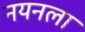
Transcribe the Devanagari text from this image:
नयनला